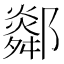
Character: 𨞧